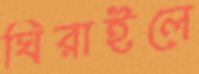
ঘিরাইলে